Account of plague administration in the Bombay Presidency from September 1896 till May 1897
Year: 1896
Disease focus: Plague
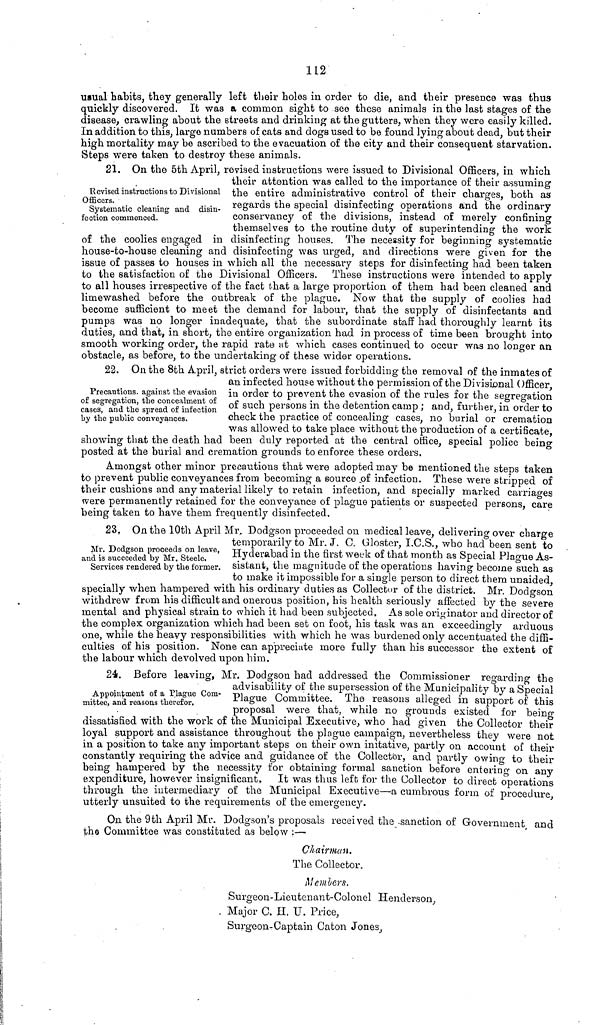
112
usual habits, they generally left their holes in order to die, and their presence was thus
quickly discovered. It was a common sight to see these animals in the last stages of the
disease, crawling about the streets and drinking at the gutters, when they were easily killed.
In addition to this, large numbers of cats and dogs used to be found lying about dead, but their
high mortality may be ascribed to the evacuation of the city and their consequent starvation.
Steps were taken to destroy these animals.
Revised instructions to Divisional
Officers.
Systematic cleaning and disin-
fection commenced.
21. On the 5th April, revised instructions were issued to Divisional Officers. in which
their attention was called to the importance of their assuming
the entire administrative control of their charges, both as
regards the special disinfecting operations and the ordinary
conservancy of the divisions, instead of merely confining
themselves to the routine duty of superintending· the work
of the coolies engaged in disinfecting houses. The necessity for beginning systematic
house-to-house cleaning and disinfecting was urged, and directions were given for the
issue of passes to houses in which all the necessary steps for disinfecting had been taken
to the satisfaction of the Divisional Officers. These instructions were intended to apply
to all houses irrespective of the fact that a large proportion of them had been cleaned and
limewashed before the outbreak of the plague. Now that the supply of coolies had
become sufficient to meet the demand for labour, that the supply of disinfectants and
pumps was no longer inadequate, that the subordinate staff had thoroughly learnt its
duties, and that, in short, the entire organization had in process of time been brought into
smooth working order, the rapid rate at which cases continued to occur was no longer an
obstacle, as before, to the undertaking of these wider operations.
Precautions, against the evasion
of segregation, the concealment of
cases, and the spread of infection
by the public conveyances.
22. On the 8th April, strict orders were issued forbidding the removal of the inmates of
an infected house without the permission of the Divisional Officer,
in order to prevent the evasion of the rules for the segregation
of such persons in the detention camp ; and, further, in order to
check the practice of concealing cases, no burial or cremation
was allowed to take place without the production of a certificate.
showing that the death had been duly reported at the central office, special police being
posted at the burial and cremation grounds to enforce these orders,
Amongst other minor precautions that were adopted may be mentioned the steps taken
to prevent public conveyances from becoming a source of infection. These were stripped of
their cushions and any material likely to retain infection, and specially marked carriages
were permanently retained for the conveyance of plague patients or suspected persons, care
being taken to have them frequently disinfected.
Mr. Dodgson proceeds on leave,
and is succeeded by Mr. Steele,
Services rendered by the former.
23. On the 10th April Mr. Dodgson proceeded on medical leave, delivering over charge
temporarily to Mr. J. C. Gloster, I.C.S., who had been sent to
Hyderabad in the first week of that month as Special Plague As-
sistant, the magnitude of the operations having become such as
to make it impossible for a single person to direct them unaided.
specially when hampered with his ordinary duties as Collector of the district. Mr. Dodgson
withdrew from his difficult and onerous position, his health seriously affected by the severe
mental and physical strain to which it had been subjected. As sole originator and director of
the complex organization which had been set on foot, his task was an exceedingly arduous
one, while the heavy responsibilities with which he was burdened only accentuated the diffi-
culties of his position. None can appreciate more fully than his successor the extent of
the labour which devolved upon him.
Appointment of a Plague Com-
mittee, and reasons therefor.
24. Before leaving, Mr. Dodgson had addressed the Commissioner regarding the
advisability of the supersession of the Municipality by a Special
Plague Committee. The reasons alleged in support of this
proposal were that, while no grounds existed for being-
dissatisfied with the work oí the Municipal Executive, who had given the Collector their
loyal support and assistance throughout the plague campaign, nevertheless they were not
in a position to take any important steps on their own initative, partly on account of their
constantly requiring the advice and guidance of the Collector, and partly owing to their
being hampered by the necessity for obtaining formal sanction before entering on any
expenditure, however insignificant. It was thus left for the Collector to direct operations
through the intermediary of the Municipal Executive—a cumbrous form of procedure,
utterly unsuited to the requirements of the emergency.
On the 9th April Mr. Dodgson's proposals received the .sanction of Government and
the Committee was constituted as below :—
Chairman.
The Collector.
Members.
Surgeon-Lieutenant-Colonel Henderson,
Major C. H. U. Price,
Surgeon-Captain Catón Jones,